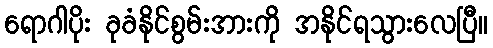
ရောဂါပိုး ခုခံနိုင်စွမ်းအားကို အနိုင်ရသွားလေပြီ။